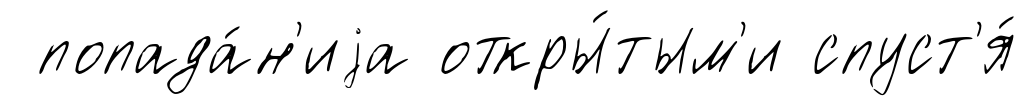
попада́н'иjа откры́тым'и спуст'я́